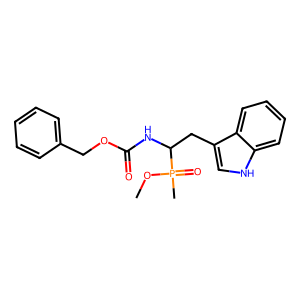
SMILES: COP(C)(=O)C(Cc1c[nH]c2ccccc12)NC(=O)OCc1ccccc1
Inhibits HIV replication: No